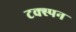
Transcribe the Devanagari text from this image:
टक्स्पन